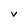
Character: v